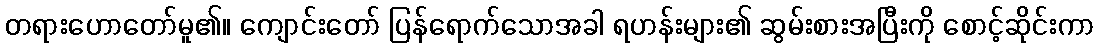
တရားဟောတော်မူ၏။ ကျောင်းတော် ပြန်ရောက်သောအခါ ရဟန်းများ၏ ဆွမ်းစားအပြီးကို စောင့်ဆိုင်းကာ